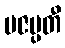
ပဇပ္ပတီ